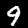
Label: 9